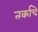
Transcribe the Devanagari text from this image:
तर्काचे